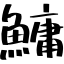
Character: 鱅